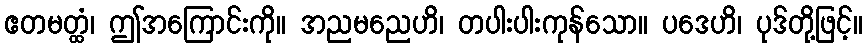
ဧတမတ္ထံ၊ ဤအကြောင်းကို။ အညမညေဟိ၊ တပါးပါးကုန်သော။ ပဒေဟိ၊ ပုဒ်တို့ဖြင့်။